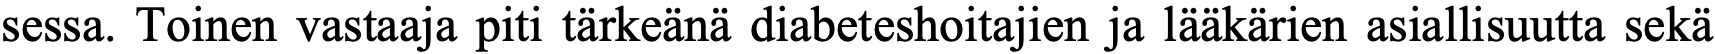
sessa. Toinen vastaaja piti tärkeänä diabeteshoitajien ja lääkärien asiallisuutta sekä